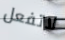
لاتفعل